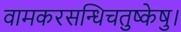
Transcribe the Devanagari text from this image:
वामकरसन्धिचतुष्केषु।